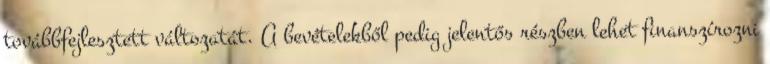
továbbfejlesztett változatát. A bevételekből pedig jelentős részben lehet finanszírozni